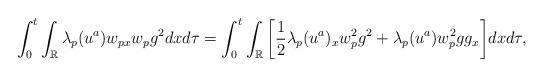
LaTeX: \begin{align*}\int_0^t\int_\mathbb{R}\lambda_p(u^a) w_{px}w_p g^2 dxd\tau=\int_0^t\int_\mathbb{R} \bigg[\frac{1}{2} \lambda_p(u^a)_x w_p^2 g^2+ \lambda_p(u^a) w_p^2 g g_x \bigg]dxd\tau,\end{align*}